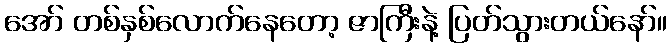
အော် တစ်နှစ်လောက်နေတော့ ဇာကြီးနဲ့ ပြတ်သွားတယ်နော်။